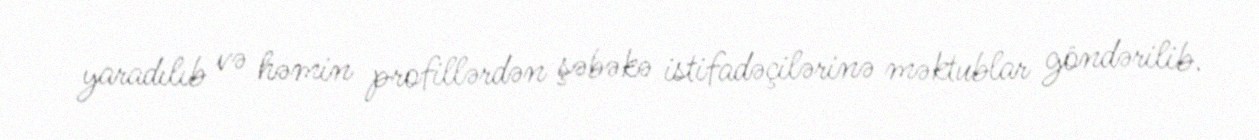
yaradılıb və həmin profillərdən şəbəkə istifadəçilərinə məktublar göndərilib.